Lunatic asylums Central Provinces reports 1874-1885 - 1874-1885
Year: 1874
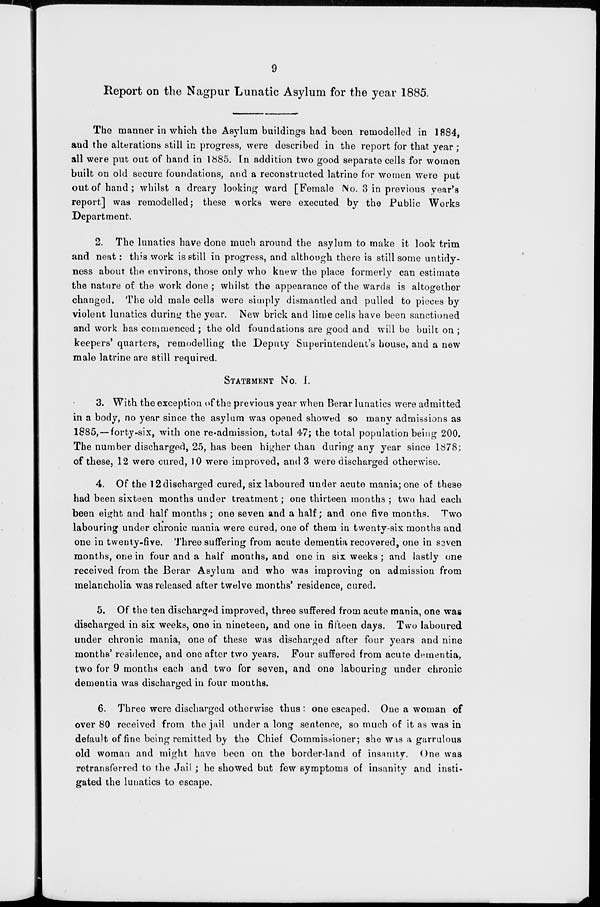
9
Report on the Nagpur Lunatic Asylum for the year 1885.
The manner in which the Asylum buildings had been remodelled in 1884,
and the alterations still in progress, were described in the report for that year ;
all were put out of hand in 1885. In addition two good separate cells for women
built on old secure foundations, and a reconstructed latrine for women were put
out of hand; whilst a dreary looking ward [Female No. 3 in previous year's
report] was remodelled; these works were executed by the Public Works
Department.
2. The lunatics have done much around the asylum to make it look trim
and neat: this work is still in progress, and although there is still some untidy-
ness about the environs, those only who knew the place formerly can estimate
the nature of the work done ; whilst the appearance of the wards is altogether
changed. The old male cells were simply dismantled and pulled to pieces by
violent lunatics during the year. New brick and lime cells have been sanctioned
and work has commenced ; the old foundations are good and will be built on ;
keepers' quarters, remodelling the Deputy Superintendent's house, and a new
male latrine are still required.
STATEMENT No. I.
3. With the exception of the previous year when Berar lunatics were admitted
in a body, no year since the asylum was opened showed so many admissions as
1885,—forty-six, with one re-admission, total 47; the total population being 200.
The number discharged, 25, has been higher than during any year since 1878;
of these, 12 were cured, 10 were improved, and 3 were discharged otherwise.
4. Of the 12 discharged cured, six laboured under acute mania; one of these
had been sixteen months under treatment; one thirteen months ; two had each
been eight and half months ; one seven and a half; and one five months. Two
labouring under chronic mania were cured, one of them in twenty-six months and
one in twenty-five. Three suffering from acute dementia recovered, one in seven
months, one in four and a half months, and one in six weeks ; and lastly one
received from the Berar Asylum and who was improving on admission from
melancholia was released after twelve months' residence, cured.
5. Of the ten discharged improved, three suffered from acute mania, one was
discharged in six weeks, one in nineteen, and one in fifteen days. Two laboured
under chronic mania, one of these was discharged after four years and nine
months' residence, and one after two years. Four suffered from acute dementia,
two for 9 months each and two for seven, and one labouring under chronic
dementia was discharged in four months.
6. Three were discharged otherwise thus : one escaped. One a woman of
over 80 received from the jail under a long sentence, so much of it as was in
default of fine being remitted by the Chief Commissioner; she was a garrulous
old woman and might have been on the border-land of insanity. One was
retransferred to the Jail ; he showed but few symptoms of insanity and insti-
gated the lunatics to escape.